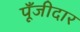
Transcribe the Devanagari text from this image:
पूँजीदार